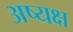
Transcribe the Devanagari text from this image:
अष्यक्ष